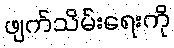
ဖျက်သိမ်းရေးကို